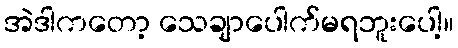
အဲဒါကတော့ သေချာပေါက်မရဘူးပေါ့။